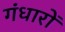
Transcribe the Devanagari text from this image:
गंधारों